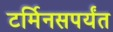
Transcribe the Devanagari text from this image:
टर्मिनसपर्यंत